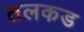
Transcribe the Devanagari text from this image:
तलकड